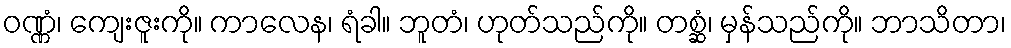
ဝဏ္ဏံ၊ ကျေးဇူးကို။ ကာလေန၊ ရံခါ။ ဘူတံ၊ ဟုတ်သည်ကို။ တစ္ဆံ၊ မှန်သည်ကို။ ဘာသိတာ၊